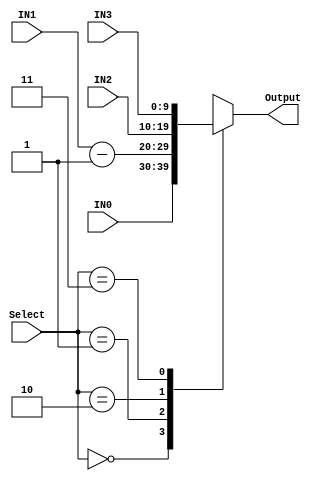
module MUX4TO1_10BIT_PC (IN0, IN1, IN2, IN3, Select, Output); 

input [9:0] IN0, IN1, IN2, IN3; 
input [1:0] Select ; 
output reg [9:0] Output;  

always @ *  
	case (Select) 
		2'b00   : Output <= IN0; 
		2'b01   : Output <= IN1-1; 
		2'b10   : Output <= IN2; 
		2'b11   : Output <= IN3; 
	endcase 

endmodule